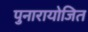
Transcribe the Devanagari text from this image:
पुनारायोजित